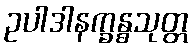
ဥပါဒါနက္ခန္ဓသုတ္တ